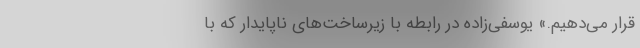
قرار می‌دهیم.» یوسفی‌زاده در رابطه با زیرساخت‌های ناپایدار که با